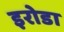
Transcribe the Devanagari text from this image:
इरोडा